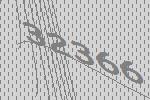
32366